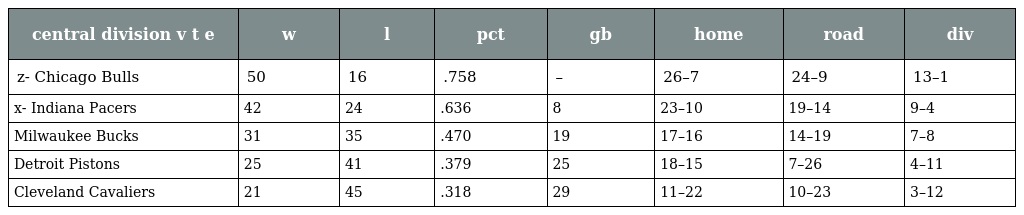
| central division v t e | w | l | pct | gb | home | road | div |
 | --- | --- | --- | --- | --- | --- | --- | --- |
 | z- Chicago Bulls | 50 | 16 | .758 | – | 26–7 | 24–9 | 13–1 |
 | x- Indiana Pacers | 42 | 24 | .636 | 8 | 23–10 | 19–14 | 9–4 |
 | Milwaukee Bucks | 31 | 35 | .470 | 19 | 17–16 | 14–19 | 7–8 |
 | Detroit Pistons | 25 | 41 | .379 | 25 | 18–15 | 7–26 | 4–11 |
 | Cleveland Cavaliers | 21 | 45 | .318 | 29 | 11–22 | 10–23 | 3–12 |